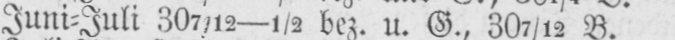
Juni⸗Juli 307/12-½ bez. u. G., 307/12 B.